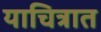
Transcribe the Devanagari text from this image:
याचित्रात